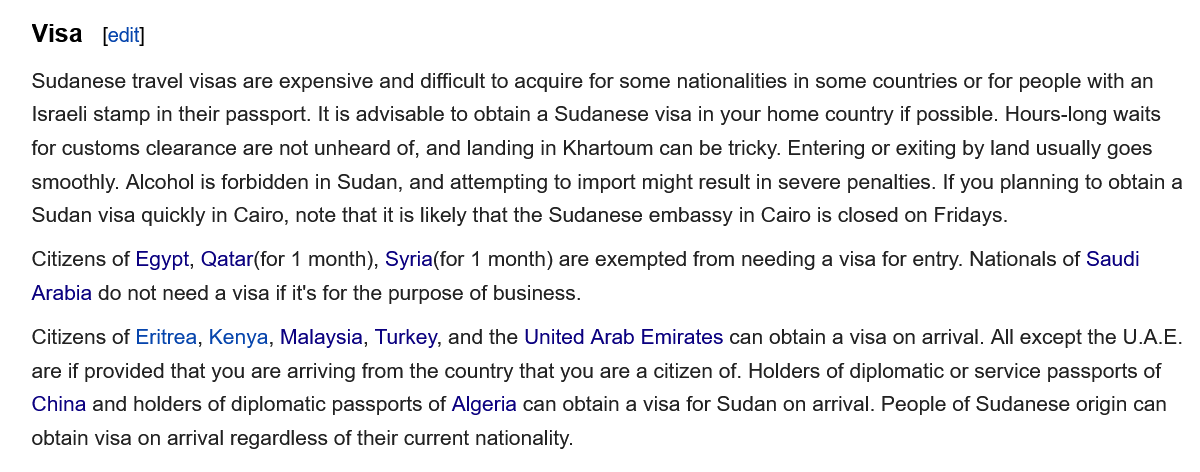
Citizens of Eritrea, Kenya, Malaysia, Turkey, and the United Arab Emirates can obtain a visa on arrival. All except the U.A.E.
   are if provided that you are arriving from the country that you are a citizen of. Holders of diplomatic or service passports of
   China and holders of diplomatic passports of Algeria can obtain a visa for Sudan on arrival. People of Sudanese origin can
   obtain visa on arrival regardless of their current nationality.
   Citizens of Egypt, Qatar(for 1 month), Syria(for 1 month) are exempted from needing a visa for entry. Nationals of Saudi
   Arabia do not need a visa if it's for the purpose of business.
   Sudanese travel visas are expensive and difficult to acquire for some nationalities in some countries or for people with an
    Israeli stamp in their passport. It is advisable to obtain a Sudanese visa in your home country if possible. Hours-long waits
   for customs clearance are not unheard of, and landing in Khartoum can be tricky. Entering or exiting by land usually goes
   smoothly. Alcohol is forbidden in Sudan, and attempting to import might result in severe penalties. If you planning to obtain a
   Sudan visa quickly in Cairo, note that it is likely that the Sudanese embassy in Cairo is closed on Fridays.
   Visa   [edit]